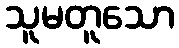
သူမတူသော